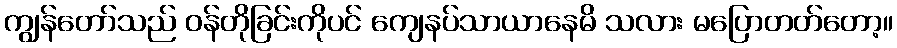
ကျွန်တော်သည် ဝန်တိုခြင်းကိုပင် ကျေနပ်သာယာနေမိ သလား မပြောတတ်တော့။